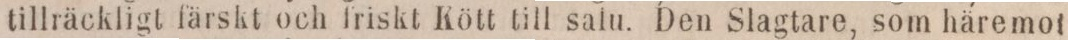
tillräckligt färskt och friskt Kött till salu. Den Slagtare, som häremot